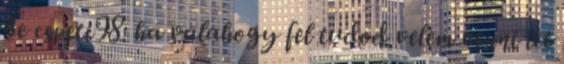
be cspeti98: ha valahogy fel tudod velem venni itt